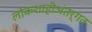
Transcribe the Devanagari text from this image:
लोकशाहीअंतर्गत